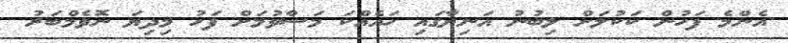
އެންމެ ފަހުން ކަކުލަށް ލިބުނު އަނިޔާގައި ހައެއްކަ މަސްވުމަށް ފަހު މިދިޔަ ނޮވެމްބަރު